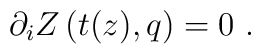
\partial_i Z \left( t(z), q  \right) =0 \ .